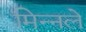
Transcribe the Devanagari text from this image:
मिन्नले